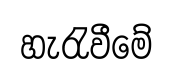
හැරැවීමේ